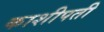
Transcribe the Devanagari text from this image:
काशीपती